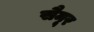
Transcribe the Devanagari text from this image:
सैमूर